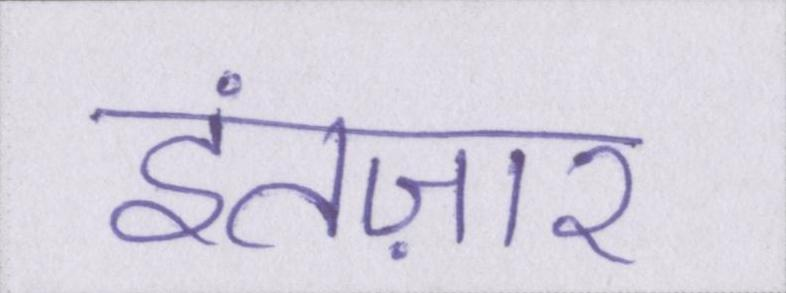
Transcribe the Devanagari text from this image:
इंतज़ार